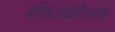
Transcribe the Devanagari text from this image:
बोंडअळीलाच